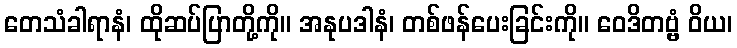
တေသံခါရာနံ၊ ထိုဆပ်ပြာတို့ကို။ အနုပဒါနံ၊ တစ်ဖန်ပေးခြင်းကို။ ဝေဒိတဗ္ဗံ ဝိယ၊